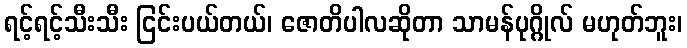
ရင့်ရင့်သီးသီး ငြင်းပယ်တယ်၊ ဇောတိပါလဆိုတာ သာမန်ပုဂ္ဂိုလ် မဟုတ်ဘူး၊